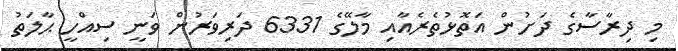
މި ދިރާސާގެ ދަށުން އަތޮޅުތެރެއާއި މާލޭގެ 6331 ދަރިވަރުން ވަނީ ސިއްހީ ޙާލަތު